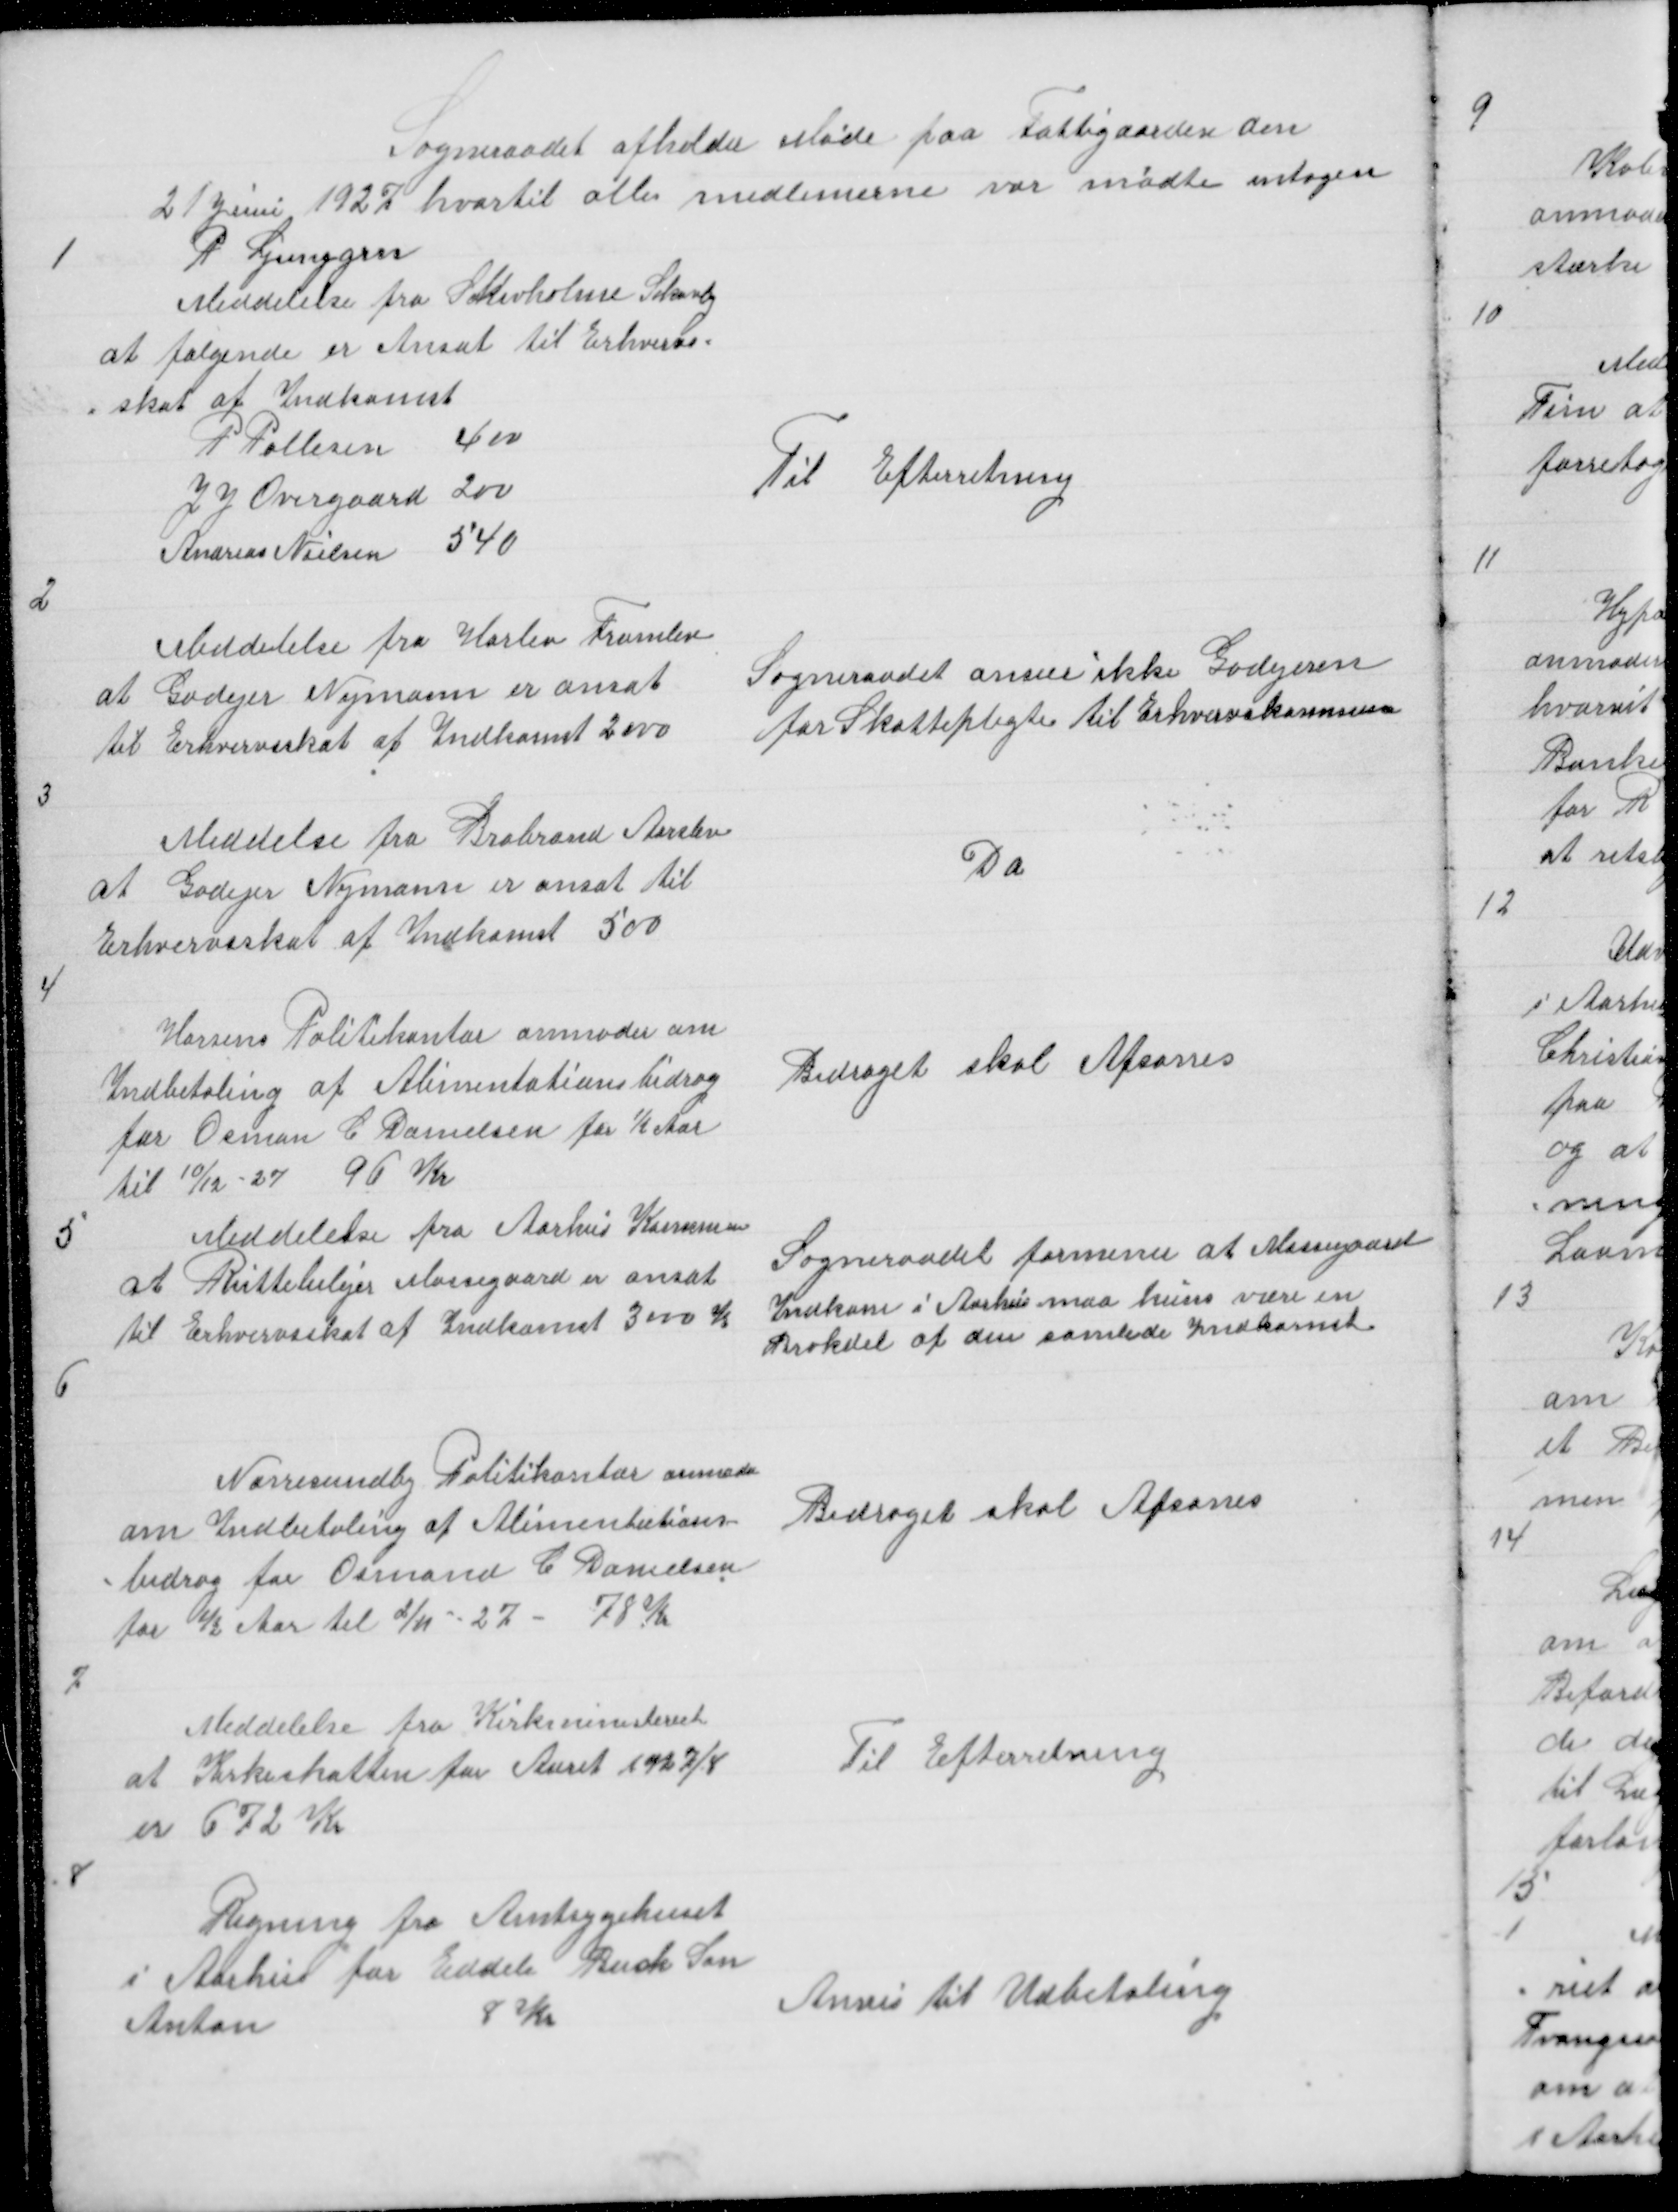
Transskription:
Sogneraadet afholder Møde paa Fattigaarden den
21 Juni 1927 hvortil alle medlemerne var mødte untagen
1
P Ljunggrn
Meddelelse fra Skivholme Skovby
at følgende er Ansat til Erhvervs =
= skat af Indkomst
P Pallesen 400
Til Efterretning
J J Overgaard 200
Andreas Nielsen 540

2

Meddelelse fra Harlev Framlev
at Godejer Nymann er ansat
til Erhvervsskat af Indkomst 2000

Sogneraadet anser ikke Godejeren
for Skattepligti til Erhvervskommune

3

Meddelelse fra Brabrand Aarslev
at Godejer Nymann er ansat til
Erhvervsskat af Indkomst 500

Do

4

Horsens Politikontor anmoder om
Indbetaling af Alimentationsbidrag
for Osman C Danielsen for ½ Aar
til 10/12 - 27 96 Kr

Bidraget skal Afsones

5

Meddelelse fra Aarhus Kommune
at Ruttebilejer Mossegaard er ansat
til Erhvervsskat af Indkomst 3000 K

Sogneraadet formener at Mossegaard
Indkom i Aarhus maa kuns være en
Brøkdel af den samlede Indkomst

6

Nørresundby Politikontor anmoder
om Indbetaling af Alimentations
= bidrag for Osman C Danielsen
for ½ Aar til 2/11 - 27 - 78 Kr

Bidraget skal Afsones

7

Meddelelse fra Kirkeministeriet
at Kirkeskatten for Aaret 1927/8
er 672 Kr

Til Efterretning

8

Regning fra Amtsygehuset
i Aarhus for Edele Buck Søn
Anton
8 Kr

Anvis til Udbetaling